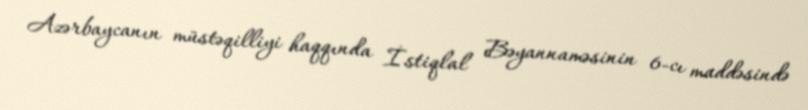
Azərbaycanın müstəqilliyi haqqında İstiqlal Bəyannaməsinin 6-cı maddəsində